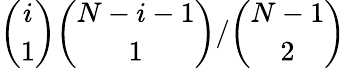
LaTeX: \binom{i}{1}\binom{N-i-1}{1}/\binom{N-1}{2}